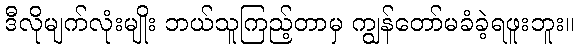
ဒီလိုမျက်လုံးမျိုး ဘယ်သူကြည့်တာမှ ကျွန်တော်မခံခဲ့ရဖူးဘူး။